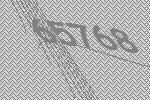
65768